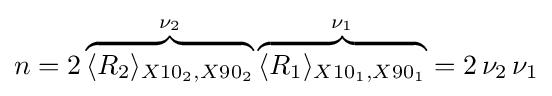
n=2\overbrace {\langle R_{2}\rangle _{X10_{2},X90_{2}}} ^{\nu _{2}}\overbrace {\langle R_{1}\rangle _{X10_{1},X90_{1}}} ^{\nu _{1}}=2\,\nu _{2}\,\nu _{1}